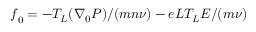
{ \boldsymbol f } _ { 0 } = - T _ { L } ( { \boldsymbol \nabla } _ { 0 } P ) / ( m n \nu ) - e L T _ { L } { \boldsymbol E } / ( m \nu )